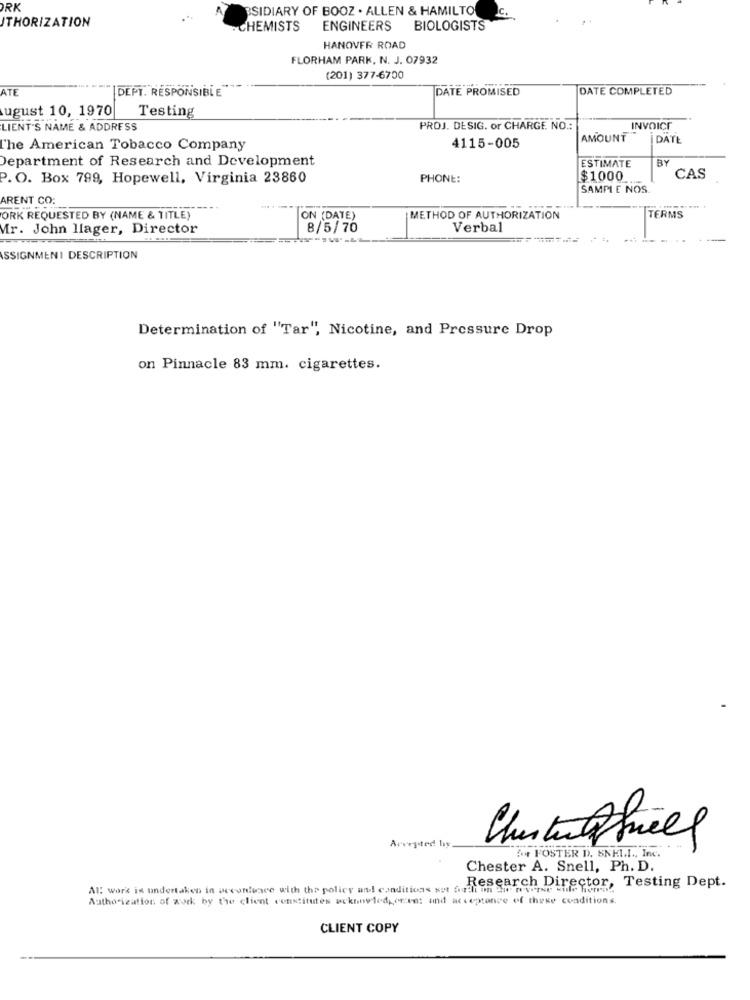
ORK
BSIDIARY OF BOOZ . ALLEN & HAMILTON
C.
ITHORIZATION
CHEMISTS
ENGINEERS BIOLOGISTS
HANOVER ROAD
FLORHAM PARK, N. J. 07932
(201) 377-6700
ATE
DEPT. RESPONSIBLE
DATE PROMISED
DATE COMPLETED
ugust 10, 1970
Testing
LIENT'S NAME & ADDRESS
PROJ. DESIG. or CHARGE. NO .:
INVOICE
AMOUNT
DATE
The American Tobacco Company
4115-005
Department of Research and Development
ESTIMATE
BY
P. O. Box 799, Hopewell, Virginia 23860
PHONE:
$1000
CAS
SAMPLE NOS
ARENT CO:
ORK REQUESTED BY (NAME & TITLE)
ON (DATE)
METHOD OF AUTHORIZATION
TERMS
Mr. John llager, Director
8/5/70
Verbal
ASSIGNMENT DESCRIPTION
Determination of "Tar", Nicotine, and Pressure Drop
on Pinnacle 83 mm. cigarettes.
Accepted by
Chutultrices
'4 FOSTER D. SNELL ., Inc.
Chester A. Snell, Ph. D.
Research Director, Testing Dept.
Al: work is undertaken in accordance with the policy and conditions sut Sudi in die w vorne while heren!
Authorization of work by the client constitutes ackumnylediceent and acceptance of these conditions.
CLIENT COPY